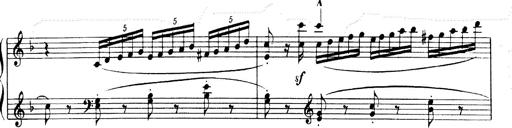
Title: Andante Finale und Marsch aus der Oper KÃ¶nig Alfred
Composer: Franz Liszt